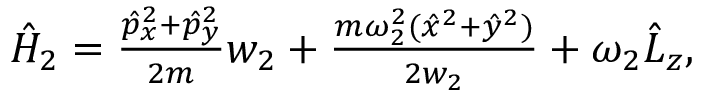
\begin{array} { r } { \hat { H } _ { 2 } = \frac { \hat { p } _ { x } ^ { 2 } + \hat { p } _ { y } ^ { 2 } } { 2 m } w _ { 2 } + \frac { m \omega _ { 2 } ^ { 2 } ( \hat { x } ^ { 2 } + \hat { y } ^ { 2 } ) } { 2 w _ { 2 } } + \omega _ { 2 } \hat { L } _ { z } , } \end{array}